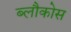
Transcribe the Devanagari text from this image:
ब्लौकोस